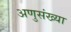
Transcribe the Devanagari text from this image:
अणुसंख्या